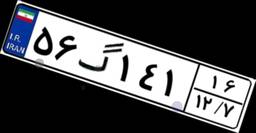
۹۹گ۳۱۱۴۸